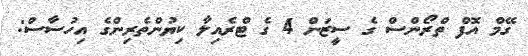
ގޭމް އޮފް ތްރޯންސް ގެ ސީޒަން 4 ގެ ޓްރެއިލާ ކިޔުންތެރިންގެ އިހުސާސް: